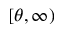
[ \theta , \infty )